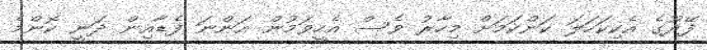
ފޭދޫގެ އެކިކަހަލަ ކަންކަމަށް މިހާރު ވެސް އެހީވަމުން އަންނަ ފެޑާއިން ދަނީ ކޮންމެ